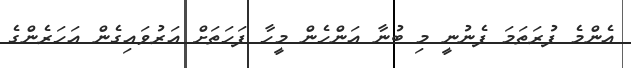
އެންމެ ފުރަތަމަ ފެނުނީ މި ބުނާ އަންހެން މީހާ ފަހަތަށް އަރުވައިގެން އަހަރެންގެ